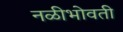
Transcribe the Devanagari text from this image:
नळीभोवती